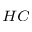
^ { H C }